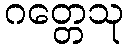
ဂတ္တေသု